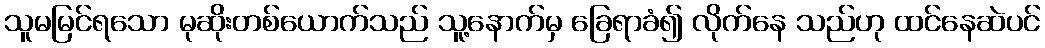
သူမမြင်ရသော မုဆိုးတစ်ယောက်သည် သူ့နောက်မှ ခြေရာခံ၍ လိုက်နေ သည်ဟု ထင်နေဆဲပင်